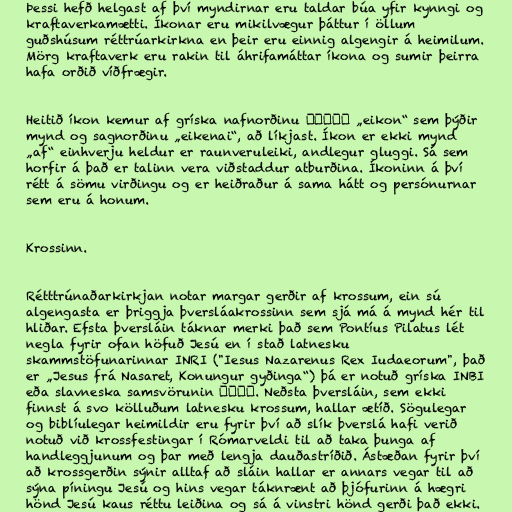
Þessi hefð helgast af því myndirnar eru taldar búa yfir kynngi og
kraftaverkamætti. Íkonar eru mikilvægur þáttur í öllum
guðshúsum réttrúarkirkna en þeir eru einnig algengir á heimilum.
Mörg kraftaverk eru rakin til áhrifamáttar íkona og sumir þeirra
hafa orðið víðfrægir.

Heitið íkon kemur af gríska nafnorðinu εἰκών „eikon“ sem þýðir
mynd og sagnorðinu „eikenai“, að líkjast. Íkon er ekki mynd
„af“ einhverju heldur er raunveruleiki, andlegur gluggi. Sá sem
horfir á það er talinn vera viðstaddur atburðina. Íkoninn á því
rétt á sömu virðingu og er heiðraður á sama hátt og persónurnar
sem eru á honum.

Krossinn.

Rétttrúnaðarkirkjan notar margar gerðir af krossum, ein sú
algengasta er þriggja þversláakrossinn sem sjá má á mynd hér til
hliðar. Efsta þversláin táknar merki það sem Pontíus Pilatus lét
negla fyrir ofan höfuð Jesú en í stað latnesku
skammstöfunarinnar INRI ("Iesus Nazarenus Rex Iudaeorum", það
er „Jesus frá Nasaret, Konungur gyðinga“) þá er notuð gríska INBI
eða slavneska samsvörunin ІНЦІ. Neðsta þversláin, sem ekki
finnst á svo kölluðum latnesku krossum, hallar ætíð. Sögulegar
og biblíulegar heimildir eru fyrir því að slík þverslá hafi verið
notuð við krossfestingar í Rómarveldi til að taka þunga af
handleggjunum og þar með lengja dauðastríðið. Ástæðan fyrir því
að krossgerðin sýnir alltaf að sláin hallar er annars vegar til að
sýna píningu Jesú og hins vegar táknrænt að þjófurinn á hægri
hönd Jesú kaus réttu leiðina og sá á vinstri hönd gerði það ekki.